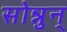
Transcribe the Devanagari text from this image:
सोन्नुन्